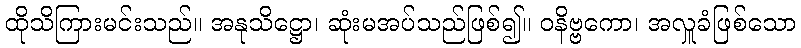
ထိုသိကြားမင်းသည်။ အနုသိဋ္ဌော၊ ဆုံးမအပ်သည်ဖြစ်၍။ ဝနိဗ္ဗကော၊ အလှူခံဖြစ်သော